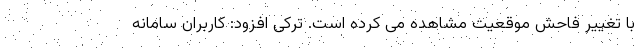
با تغییر فاحش موقعیت مشاهده می کرده است. ترکی افزود: کاربران سامانه